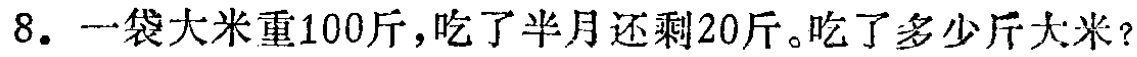
8. 一袋大米重100斤，吃了半月还剩20斤。吃了多少斤大米？